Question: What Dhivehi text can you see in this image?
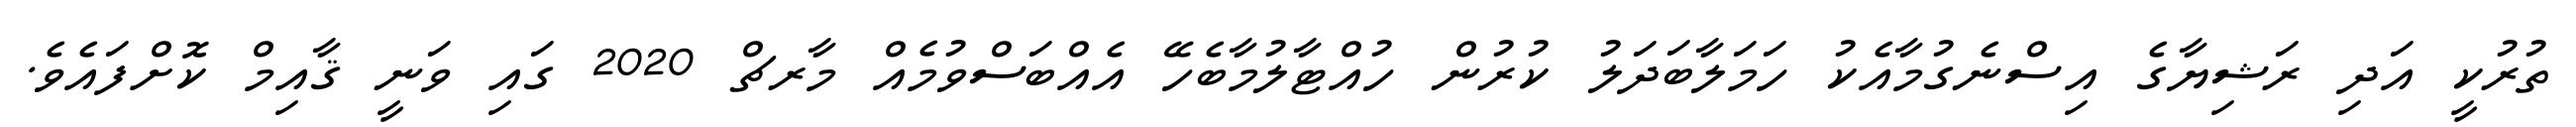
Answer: ތުރުކީ އަދި ރަޝިޔާގެ އިސްނެގުމާއެކު ހަމަލާބަދަލު ކުރުން ހުއްޓާލުމާބެހޭ އެއްބަސްވުމެއް މާރޗް 2020 ގައި ވަނީ ޤާއިމް ކޮށްފައެވެ.